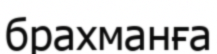
брахманға